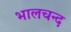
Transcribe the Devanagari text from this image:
भालचन्द